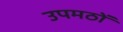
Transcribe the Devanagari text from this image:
उपमठों